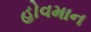
હોવમાન